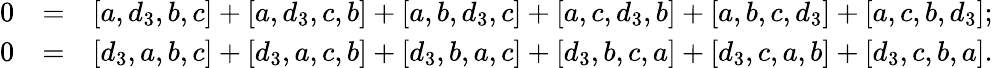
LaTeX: \begin{array}{rlr}{0}&{=}&{[a,d_{3},b,c]+[a,d_{3},c,b]+[a,b,d_{3},c]+[a,c,d_{3},b]+[a,b,c,d_{3}]+[a,c,b,d_{3}];}\\ {0}&{=}&{[d_{3},a,b,c]+[d_{3},a,c,b]+[d_{3},b,a,c]+[d_{3},b,c,a]+[d_{3},c,a,b]+[d_{3},c,b,a].}\end{array}